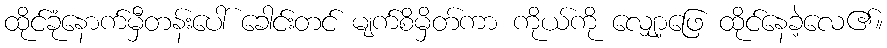
ထိုင်ခုံနောက်မှီတန်းပေါ် ခေါင်းတင် မျက်စိမှိတ်ကာ ကိုယ်ကို လျှော့ဖြေ ထိုင်နေခဲ့လေ၏။